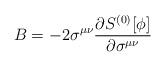
LaTeX: \begin{align*}B=-2\sigma^{\mu\nu}{\partial S^{(0)}[\phi]\over\partial\sigma^{\mu\nu}} \end{align*}